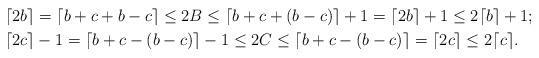
LaTeX: \begin{align*}&\lceil 2b \rceil = \lceil b+c+b-c \rceil \leq 2B \leq \lceil b+c + (b-c) \rceil + 1 = \lceil 2b \rceil + 1 \leq 2\lceil b \rceil + 1;\\ &\lceil 2c \rceil - 1 = \lceil b+c - (b-c) \rceil - 1 \leq 2C \leq \lceil b+c-(b-c) \rceil = \lceil 2c \rceil \leq 2\lceil c \rceil.\end{align*}